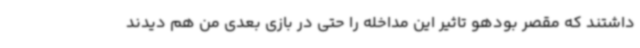
داشتند که مقصر بودهو تاثیر این مداخله را حتی در بازی بعدی من هم دیدند